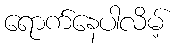
ရောက်နေပါလိမ့်